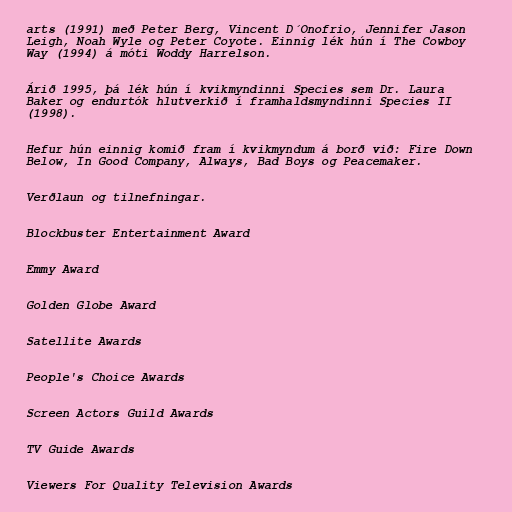
arts (1991) með Peter Berg, Vincent D´Onofrio, Jennifer Jason
Leigh, Noah Wyle og Peter Coyote. Einnig lék hún í The Cowboy
Way (1994) á móti Woddy Harrelson.

Árið 1995, þá lék hún í kvikmyndinni Species sem Dr. Laura
Baker og endurtók hlutverkið í framhaldsmyndinni Species II
(1998).

Hefur hún einnig komið fram í kvikmyndum á borð við: Fire Down
Below, In Good Company, Always, Bad Boys og Peacemaker.

Verðlaun og tilnefningar.

Blockbuster Entertainment Award

Emmy Award

Golden Globe Award

Satellite Awards

People's Choice Awards

Screen Actors Guild Awards

TV Guide Awards

Viewers For Quality Television Awards